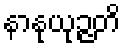
နာနုယုဉ္ဇတိ